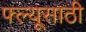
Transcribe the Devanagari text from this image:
फ्ल्यूसाठी